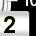
Digit: 2